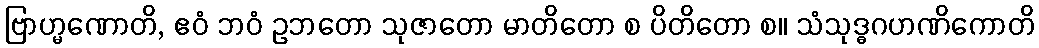
ဗြာဟ္မဏောတိ, ဧဝံ ဘဝံ ဥဘတော သုဇာတော မာတိတော စ ပိတိတော စ။ သံသုဒ္ဓဂဟဏိကောတိ